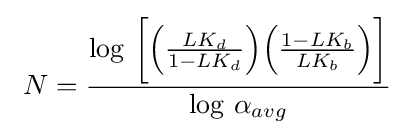
\ N={\frac {\log \,{\bigg [}{\Big (}{\frac {LK_{d}}{1-LK_{d}}}{\Big )}{\Big (}{\frac {1-LK_{b}}{LK_{b}}}{\Big )}{\bigg ]}}{\log \,\alpha _{avg}}}